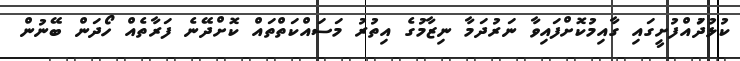
ކުޅުދުައްފުށީގައި ގާއިމުކޮށްފައިވާ ނަރުދަމާ ނިޒާމުގެ އިތުރު މަސައްކަތްތައް ކޮށްދޭނެ ފަރާތެއް ހޯދަން ބޭނުން